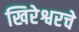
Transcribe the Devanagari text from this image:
खिरेश्वरचे